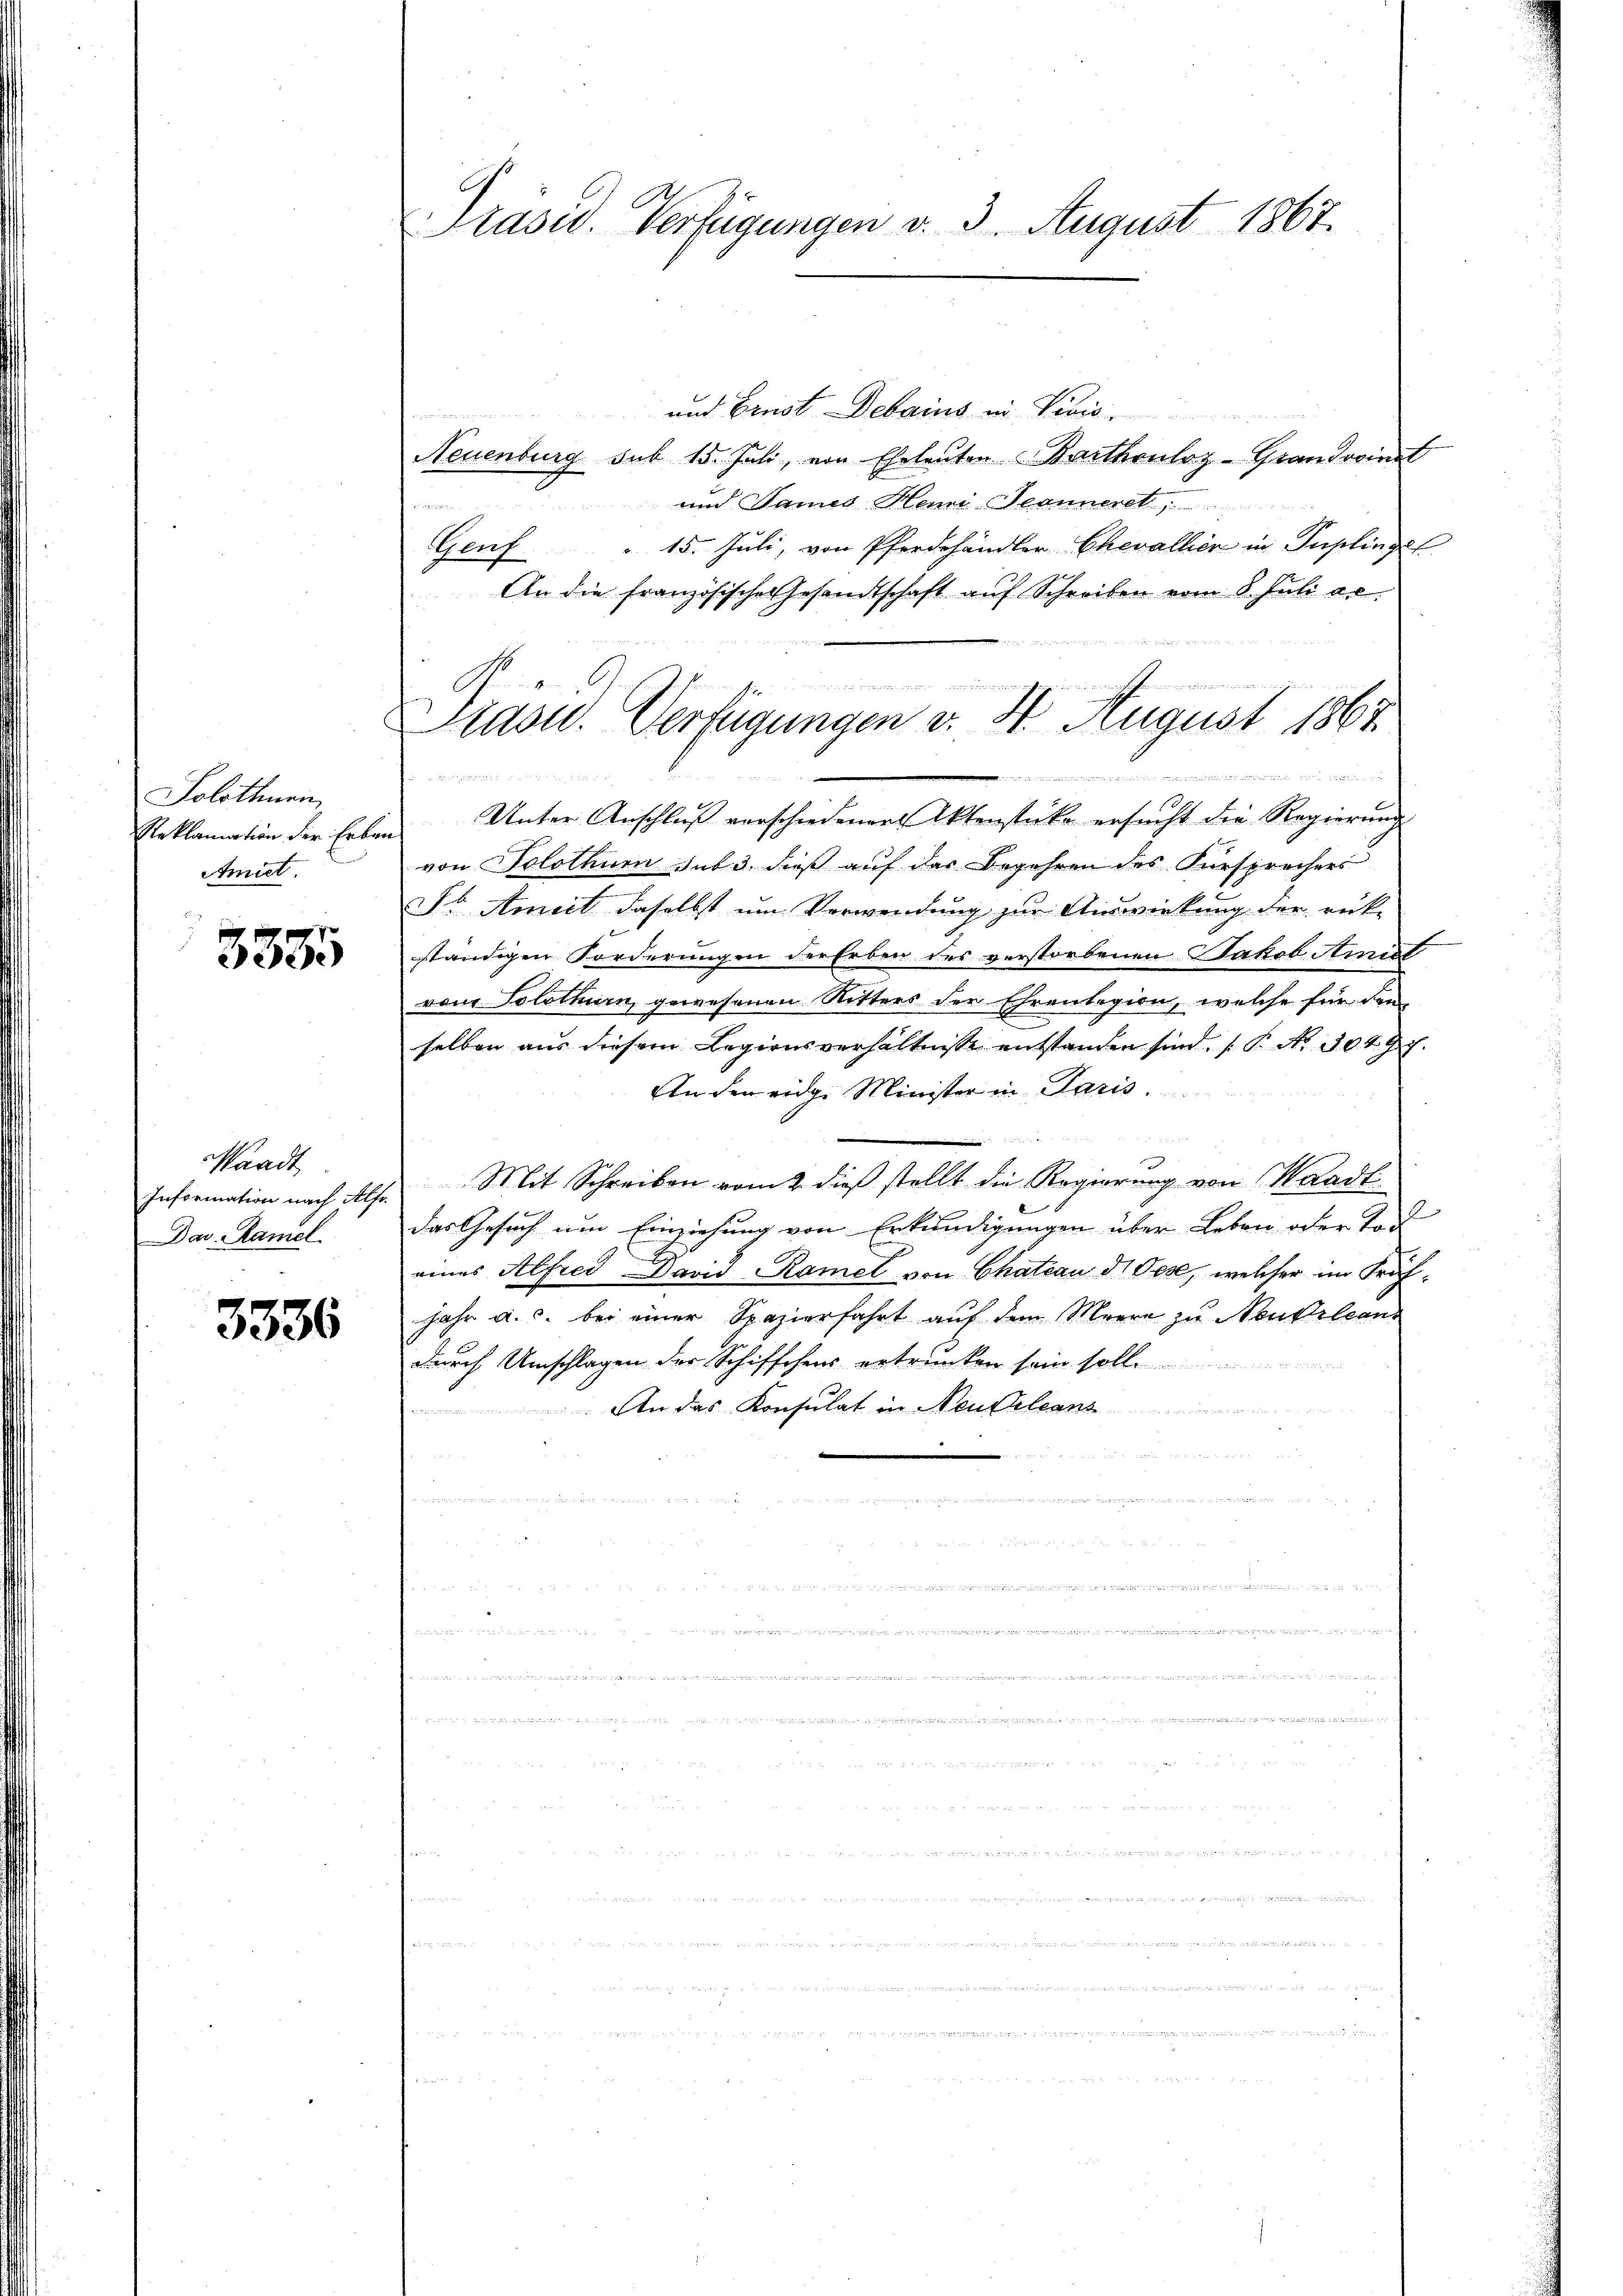
Solothurn
Reklamation der Erben
Amiet.

3335

Waadt
Information nach Alfr.
Dav. Ramel

3336

Präsid. Verfügungen v. 3. August 1867.

Präsid.. Verfügungen v. 4. August 1867.

und Ernst Debains in Divis
Neuenburg sub 15. Juli, von Eheleuten Barthouloz-Grandvoinst
und James Hein Jeannerel
r
Genf " 15. Juli, von Pferdehändler Chevallier in Puplingef
An die französische Gesandtschaft auf Schreiben vom 8. Juli de
Unter Anschluß verschiedener Aktenstücke ersucht die Regierung
von Solothurn sub 3. dieß auf das Begehren des Fürsprechers
St Amiet daselbst um Verwendung zur Auswirkung der rück-
ständigen Forderungen der Erben des verstorbenen Jakob. Amist
von Solothurn, gewesenen Ritters der Ehrenlegion, welche für den
selben aus diesem Legionsverhältnisse entstanden sind. (T. No. 3049 f.
An den eidge Minister in Paris.
Mit Schreiben vom 2. dieß stellt die Regierung von Waadt
das Gesuch um Einziehung von Erkundigungen über Leben oder Tod
eines Alfred David Ramel von Chateau d. Oese, welcher im Kräfjahr a. c. bei einer Spazierfahrt auf dem Meere zu Neukrlean
durch Umschlagen der Schiffchens ertrunken sein soll.

An das Konsulat in Neusaleans
n

u